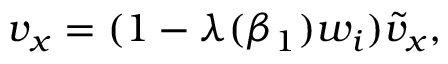
v _ { x } = ( 1 - \lambda ( \beta _ { 1 } ) w _ { i } ) \tilde { v } _ { x } ,